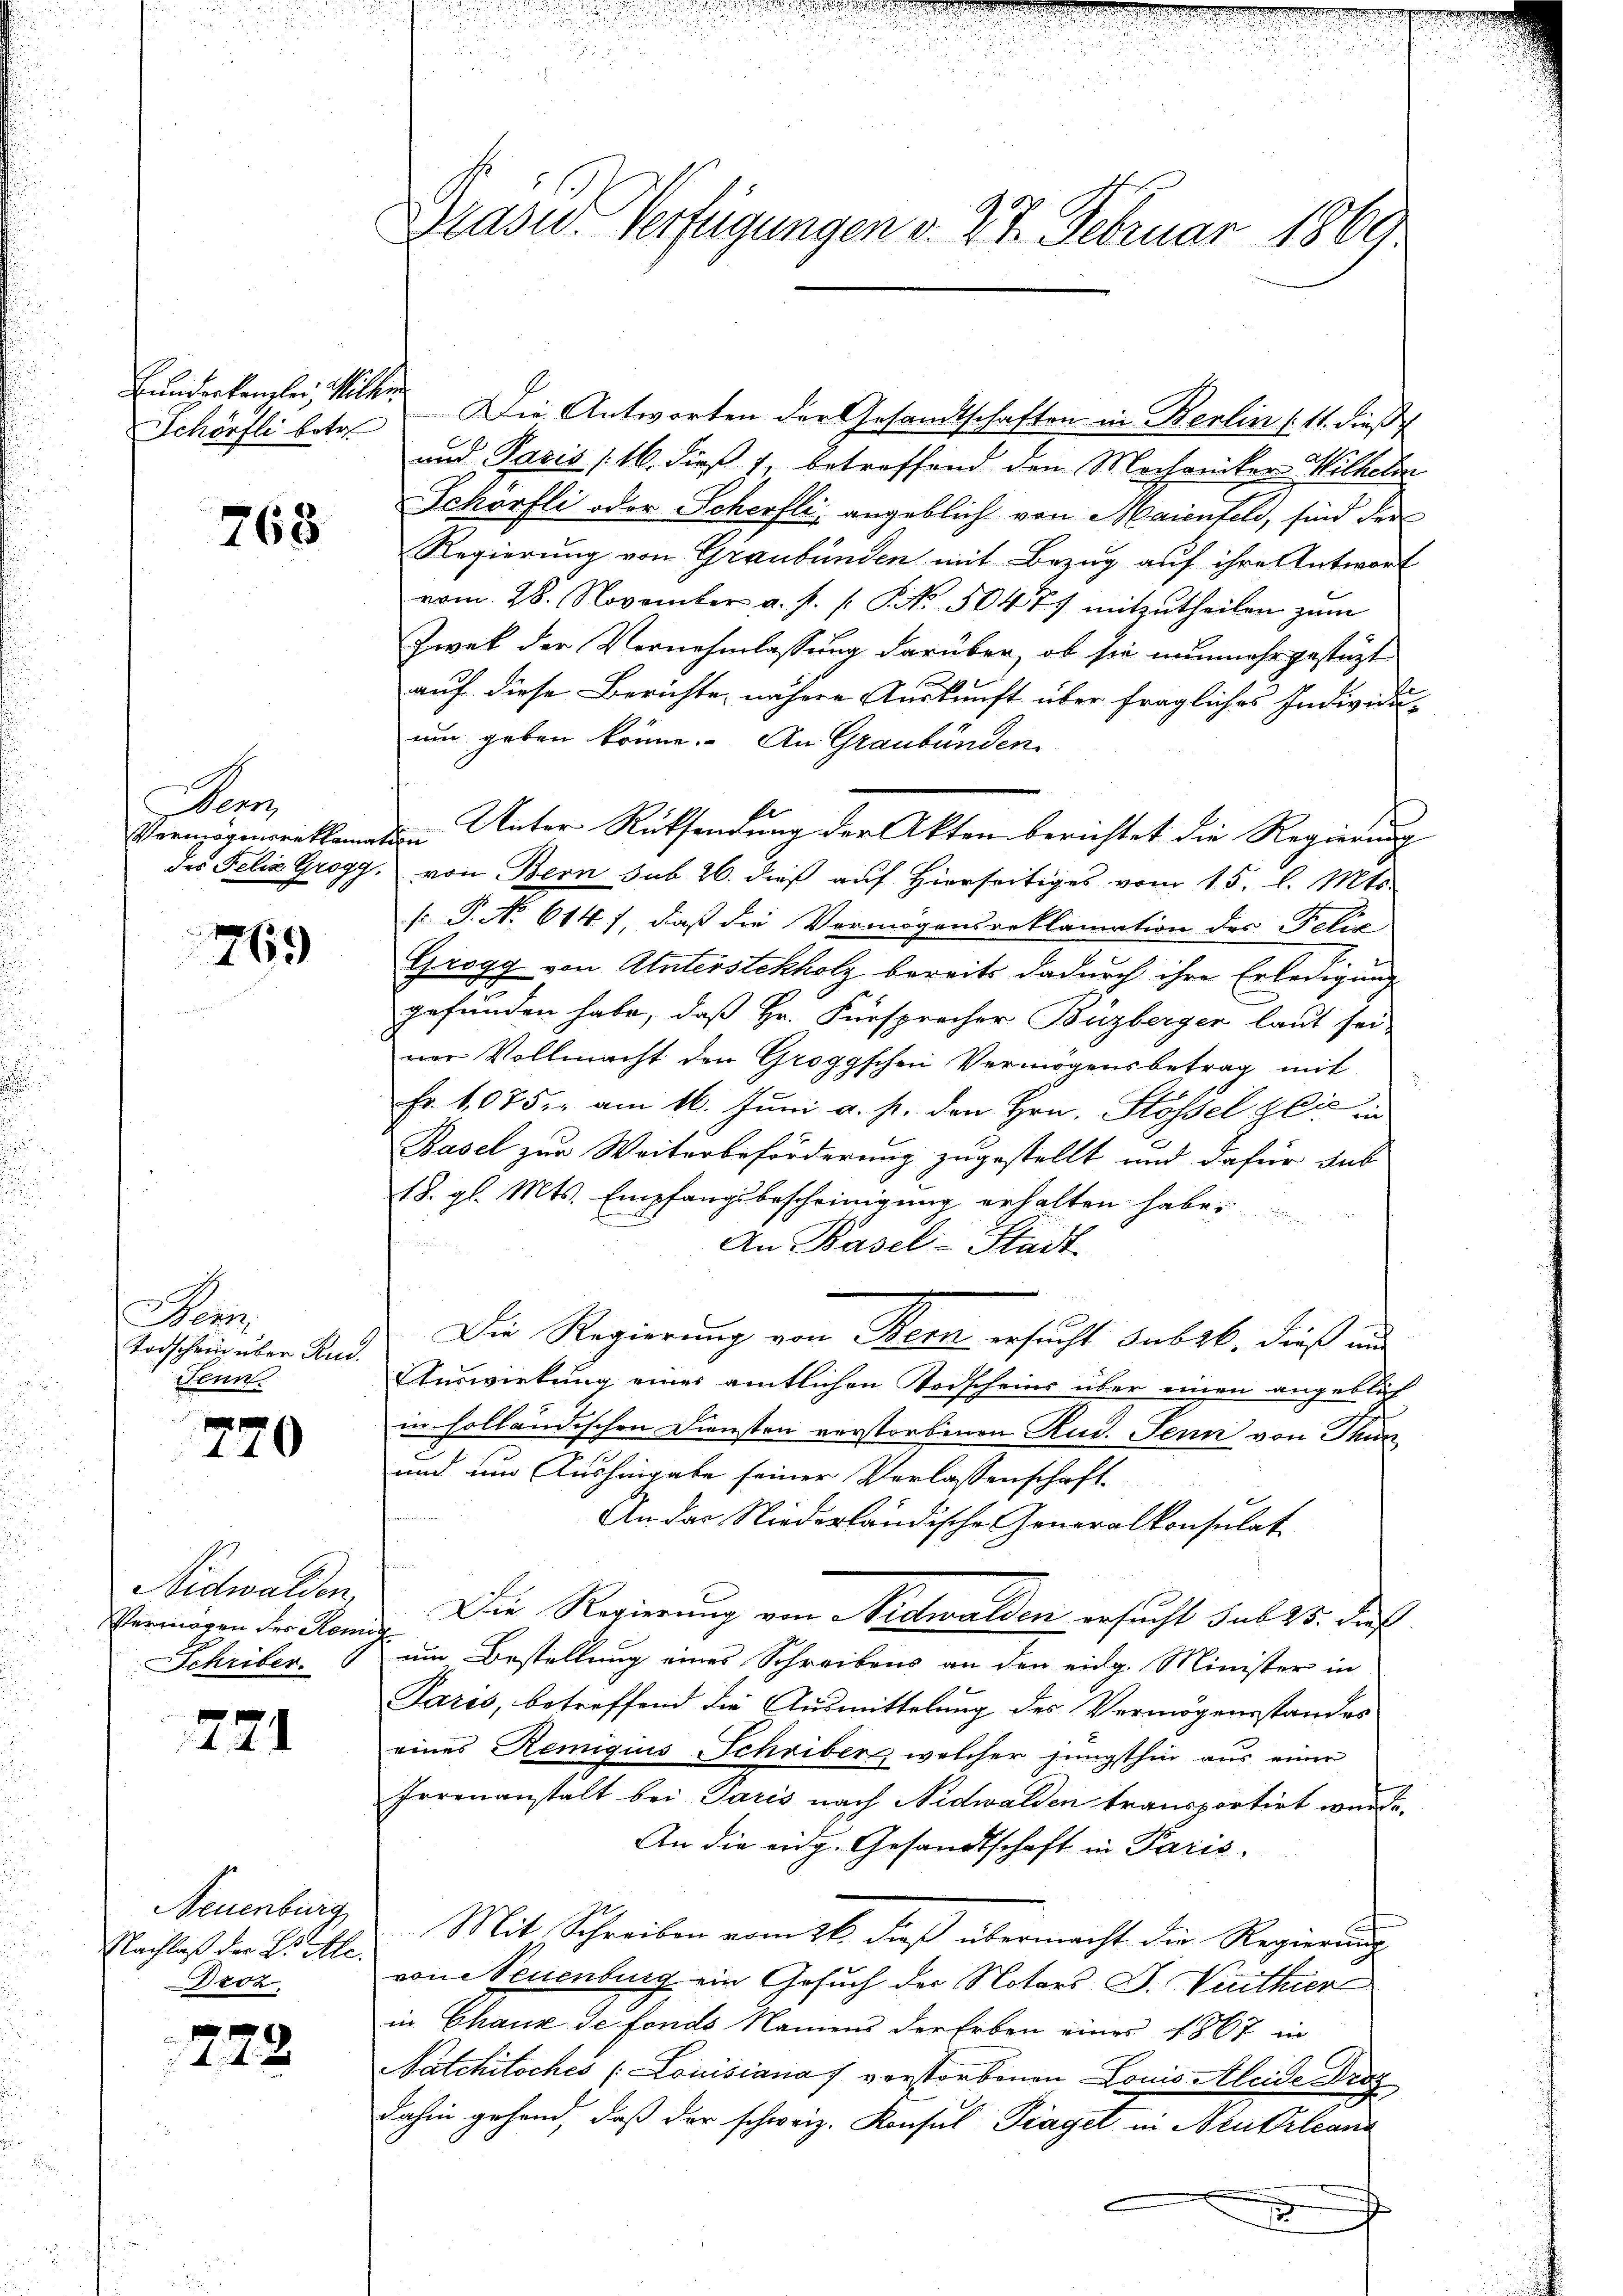
Bunderkanzler, Willen
Schörfli betr.

768

A

769

Wenn
Todschein über Rud.
Senn.

770

Nidwalden
Vermögen des Ren
Schriber.

771

Neuenburg
Nachlaß der B. Ale
Droz.

f
 x

Präses Verfügungen v. 27. Februar 1860.

Die Antworten der Gesandtschaften in Berlin (11. dieß
und Paris 16. dieß 1, betreffend den Mochaniker Wilhelm
Schörfli oder Scherfli angeblich von Maienfeld, sind der
Regierung von Graubünden mit Bezug auf ihre Antwort
vom 28. November a. p. /: P. Nr. 5047 mitzutheilen zum
Zwek der Vernehmlassung darüber, ob sie nunmehr gestüzt
auf diese Berichte, nähere Auskunft über fragliches Individuum geben könne. An Graubünden
des Felia Grogg, von Bern sub. 26. dieß auf Hierseitiges vom 15. l. Mts.
s P. No 614), daß die Vermögensreklamation des Felix
Grogg von Unterstekholz bereits dadurch ihre Erledigung
gefunden habe, daß Hr. Fürsprocher Buzberger laut sei
ner Vollmacht den Groggschen Vermögensbetrag mit
Fr. 1,075. am 16. Juni a. p. den Hrn. Stossel gli in
Basel zur Weiterbeförderung zugestellt und dafür sub
18. gl. Mts. Empfangsbescheinigung erhalten habe.
An Basel-Stadt
Die Regierung von Bern ersucht Subst, dieß und
Auswirkung einer amtlichen Todscheins über einen angeblich
in holländischen Diensten verstorbenen Rud. Jenin von Thun
und um Aushingabe seiner Verlassenschaft¬
An das Niederländische Generalkonsulat
Die Regierung von Nidwalden ersucht sub 28. Der
um Bestellung eines Schreibens an der eidg. Minister in
Paris, betreffend die Ausmittelung des Vermögensstandes
eines Remigius Schriber, welcher jüngsthin aus einer
Irrenanstalt bei Paris nach Nidwalden transportirt wurde.
An die eidg. Gesandtschaft in Paris,
Mit Schreiben vom 26. dieß übermacht die Regierung
vone Neuenburg ein Gesuch der Notars S. Vuithier
in Chaux de fonds Namens der Erben eines 1867 in
Natchitsches (Louisiana 7 verstorbenen Louis Aleide Drog
dahin gehend, daß der schweiz. Konsul Piaget in Neukrleand
x

Vermögensrittomaten Unter Rücksendung der Akten berichtet die Regierung